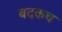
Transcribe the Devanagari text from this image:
बदकच